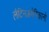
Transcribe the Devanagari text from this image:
लैटिनअमेरिकानो